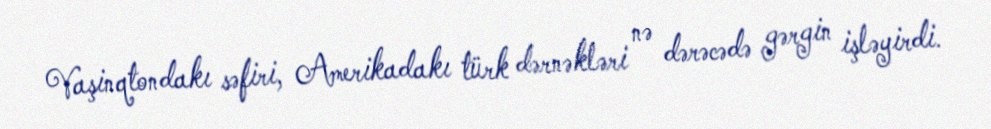
Vaşinqtondakı səfiri, Amerikadakı türk dərnəkləri nə dərəcədə gərgin işləyirdi.